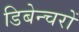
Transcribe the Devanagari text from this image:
डिबेन्‍चरों